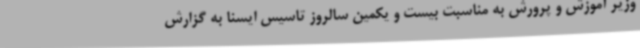
وزیر آموزش و پرورش به مناسبت بیست و یکمین سالروز تاسیس ایسنا به گزارش